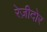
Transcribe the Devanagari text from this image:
रेज़ीदोर